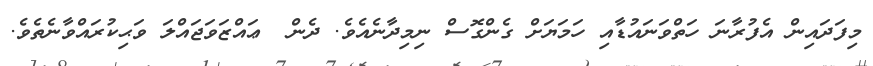
މިފަދައިން އެފުރާނަ ހަތްވަނައުޑާއި ހަމަޔަށް ގެންގޮސް ނިމިދާނެއެވެ. ދެން  ޢައްޒަވަޖައްލަ ވަޙިކުރައްވާނެތެވެ.